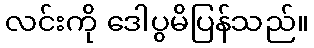
လင်းကို ဒေါပွမိပြန်သည်။